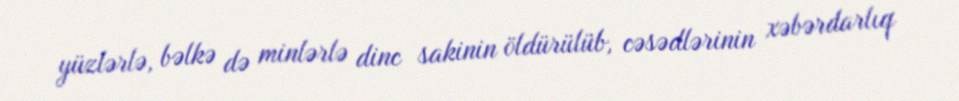
yüzlərlə, bəlkə də minlərlə dinc sakinin öldürülüb, cəsədlərinin xəbərdarlıq